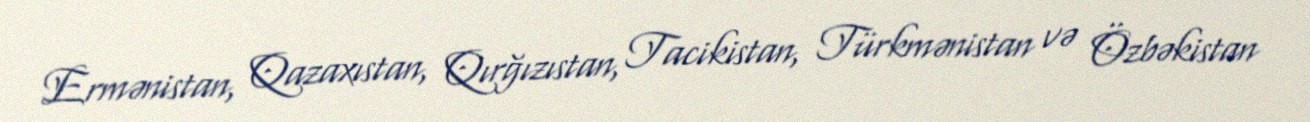
Ermənistan, Qazaxıstan, Qırğızıstan, Tacikistan, Türkmənistan və Özbəkistan